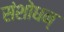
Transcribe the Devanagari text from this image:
संशोधन्